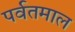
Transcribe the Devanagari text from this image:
पर्वतमाल